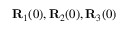
{ \bf R } _ { 1 } ( 0 ) , { \bf R } _ { 2 } ( 0 ) , { \bf R } _ { 3 } ( 0 )